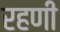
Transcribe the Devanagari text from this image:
रहणी